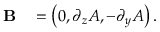
\begin{array} { r l } { { \bf B } } & { { } = \left( 0 , \partial _ { z } A , - \partial _ { y } A \right) . } \end{array}